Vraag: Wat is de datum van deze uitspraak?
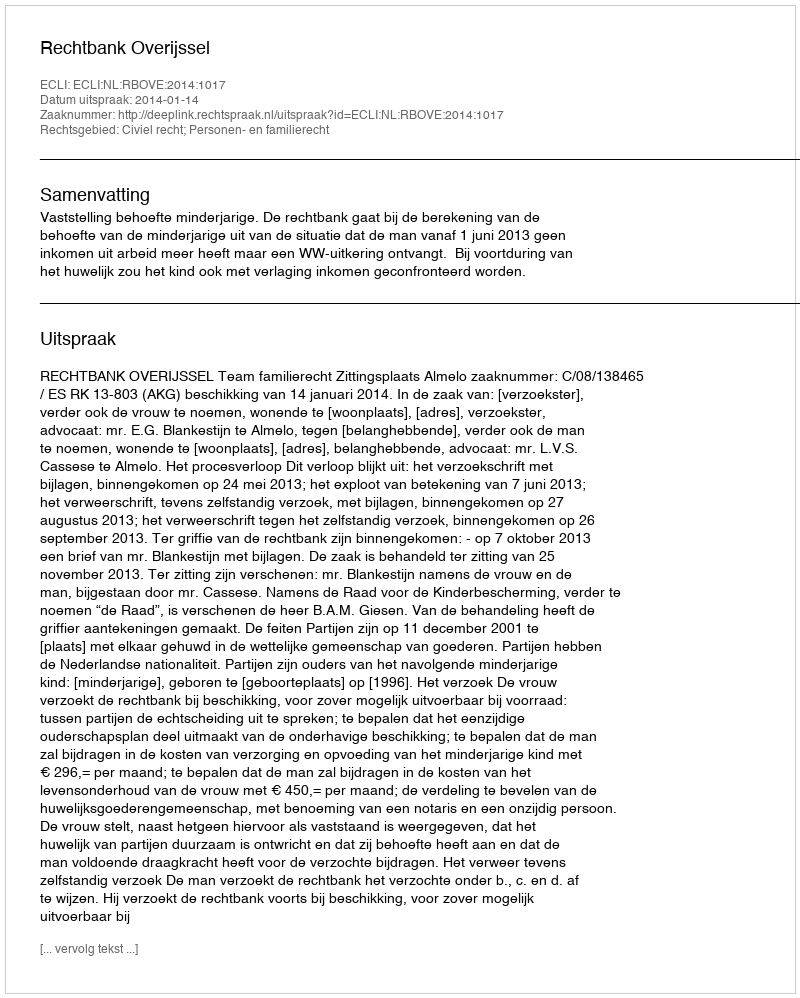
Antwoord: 2014-01-14